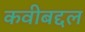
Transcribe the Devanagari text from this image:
कवीबद्दल